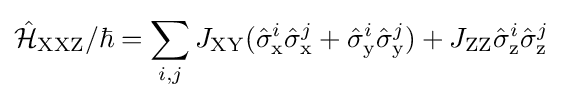
{\hat {\mathcal {H}}}_{\mathrm {XXZ} }/\hbar =\sum _{i,j}J_{\mathrm {XY} }({\hat {\sigma }}_{\text{x}}^{i}{\hat {\sigma }}_{\text{x}}^{j}+{\hat {\sigma }}_{\text{y}}^{i}{\hat {\sigma }}_{\text{y}}^{j})+J_{\mathrm {ZZ} }{\hat {\sigma }}_{\text{z}}^{i}{\hat {\sigma }}_{\text{z}}^{j}